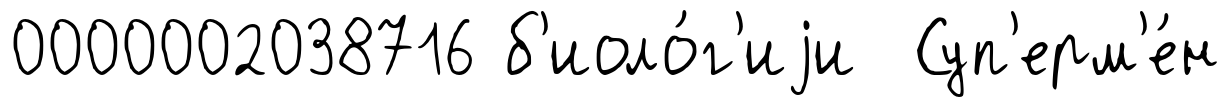
0000002038716 б'иоло́г'иjи Суп'ерм'е́н